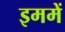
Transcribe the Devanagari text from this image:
इममें